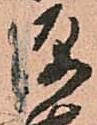
源